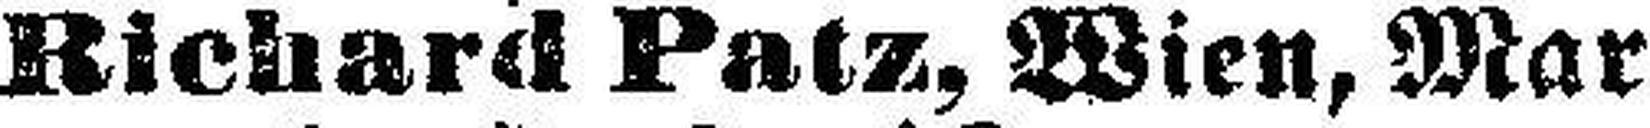
Richard Patz, Wien, Mar¬